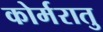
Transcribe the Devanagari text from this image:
कोर्मरातु